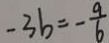
- 3 b = - \frac { 9 } { 6 }